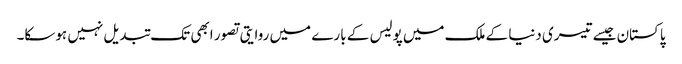
پاکستان جیسے تیسری دنیا کے ملک میں پولیس کے بارے میں روایتی تصور ابھی تک تبدیل نہیں ہوسکا۔